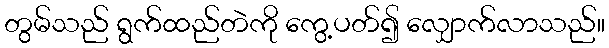
တွမ်သည် ရွက်ထည်တဲကို ကွေ့ပတ်၍ လျှောက်လာသည်။